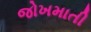
જોખમાતી